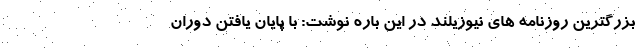
بزرگترین روزنامه های نیوزیلند در این باره نوشت: با پایان یافتن دوران